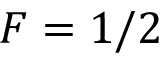
F = 1 / 2